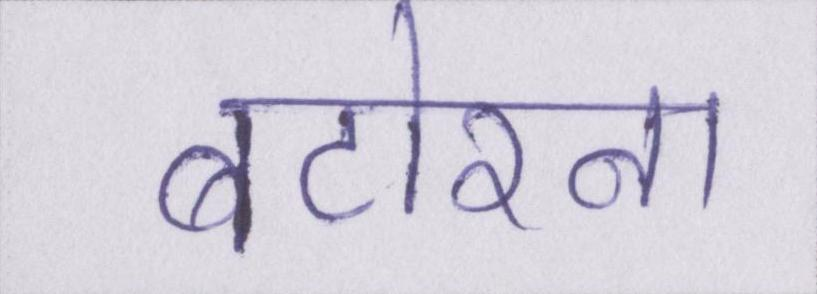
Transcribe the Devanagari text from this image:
बटोरना